Vaccine operations Central Provinces & Berar 1922-1929 - 1922-1929
Year: 1922
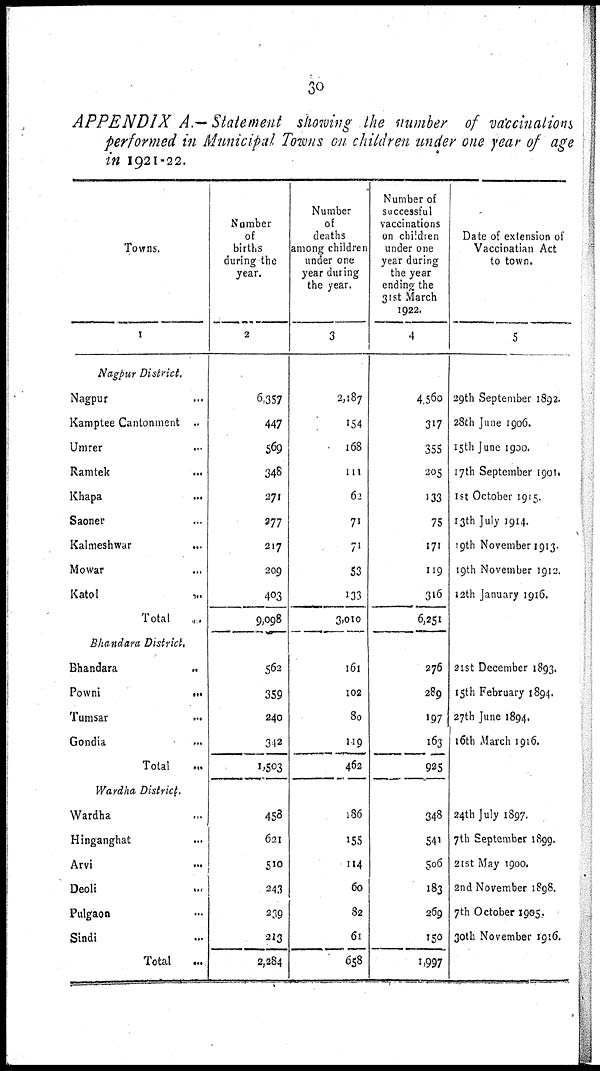
30
APPENDIX A.— Statement showing the number of vaccinations
performed in Municipal Towns on children under one year of age
in 1921-22.
Towns.
1
Nagpur District.
Nagpur ...
Kamptee Cantonment ...
Umrer ...
Ramtek ...
Khapa
...
Saoner ...
Kalmeshwar
...
Mowar ...
Katol
...
Total ...
Bhandara District.
Bhandara
...
Powni
...
Tumsar ...
Gondia
...
Total ...
Wardha District.
Wardha ...
Hinganghat ...
Arvi
...
Deoli
...
Pulgaon ...
Sindi ...
Total ...
Number
of
births
during the
year.
2
6,357
447
569
348
271
377
217
209
403
9,098
562
359
240
312
1,503
458
621
510
243
239
213
2,284
Number
of
deaths
among children
under one
year during
the year.
3
2,187
154
168
111
62
71
71
53
133
3,010
161
102
80
119
462
186
155
114
60
82
61
658
Number of
successful
vaccinations
on children
under one
year during
the year
ending the
31st March
1922.
4
4,560
317
355
205
133
75
171
119
316
6,251
276
289
197
163
925
348
541
506
183
269
150
1,997
Date of extension of
Vaccinatian Act
to town.
5
29th September 1892.
28th June 1906.
15th June 1900.
17th September 1901.
1st October 1915.
13th July 1914.
19th November 1913.
19th November 1912.
12th January 1916.
21st December 1893.
15th February 1894.
27th June 1894.
16th March 1916.
24th July 1897.
7th September 1899.
21st May 1900.
2nd November 1898.
7th October 1905.
30th November 1916.